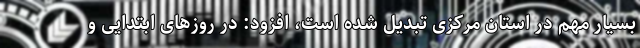
بسیار مهم در استان مرکزی تبدیل شده است، افزود: در روزهای ابتدایی و